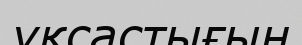
үқсастығын